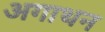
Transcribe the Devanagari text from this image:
अगाथन